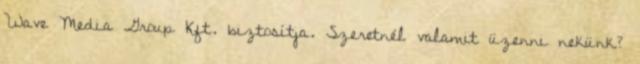
Wave Media Group Kft. biztosítja. Szeretnél valamit üzenni nekünk?